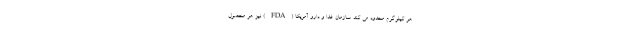
هر کیلوگرم محدود می کند. سازمان غذا و دارو آمریکا (FDA) نیز هر محصول